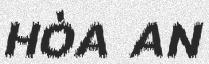
HÒA AN